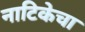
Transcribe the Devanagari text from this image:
नाटिकेचा